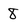
Character: 8